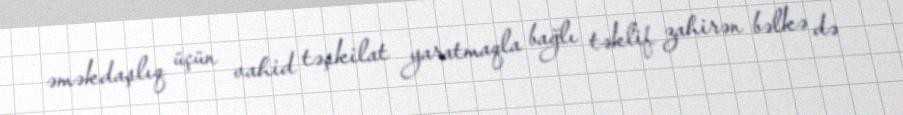
əməkdaşlıq üçün vahid təşkilat yaratmaqla bağlı təklif zahirən bəlkə də